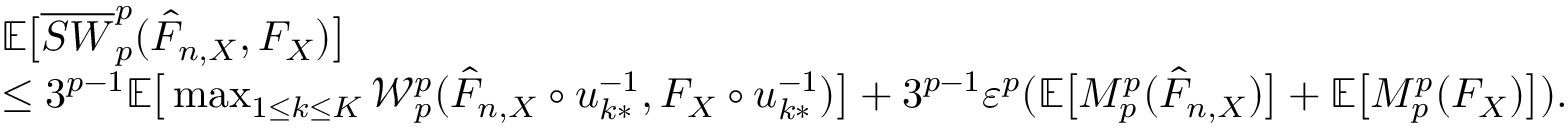
\begin{array} { r l } & { \mathbb { E } \big [ \overline { { S W } } _ { p } ^ { p } ( \hat { F } _ { n , X } , F _ { X } ) \big ] } \\ & { \leq 3 ^ { p - 1 } \mathbb { E } \big [ \operatorname* { m a x } _ { 1 \leq k \leq K } \mathcal { W } _ { p } ^ { p } ( \hat { F } _ { n , X } \circ u _ { k * } ^ { - 1 } , F _ { X } \circ u _ { k * } ^ { - 1 } ) \big ] + 3 ^ { p - 1 } \varepsilon ^ { p } ( \mathbb { E } \big [ M _ { p } ^ { p } ( \hat { F } _ { n , X } ) \big ] + \mathbb { E } \big [ M _ { p } ^ { p } ( F _ { X } ) \big ] ) . } \end{array}